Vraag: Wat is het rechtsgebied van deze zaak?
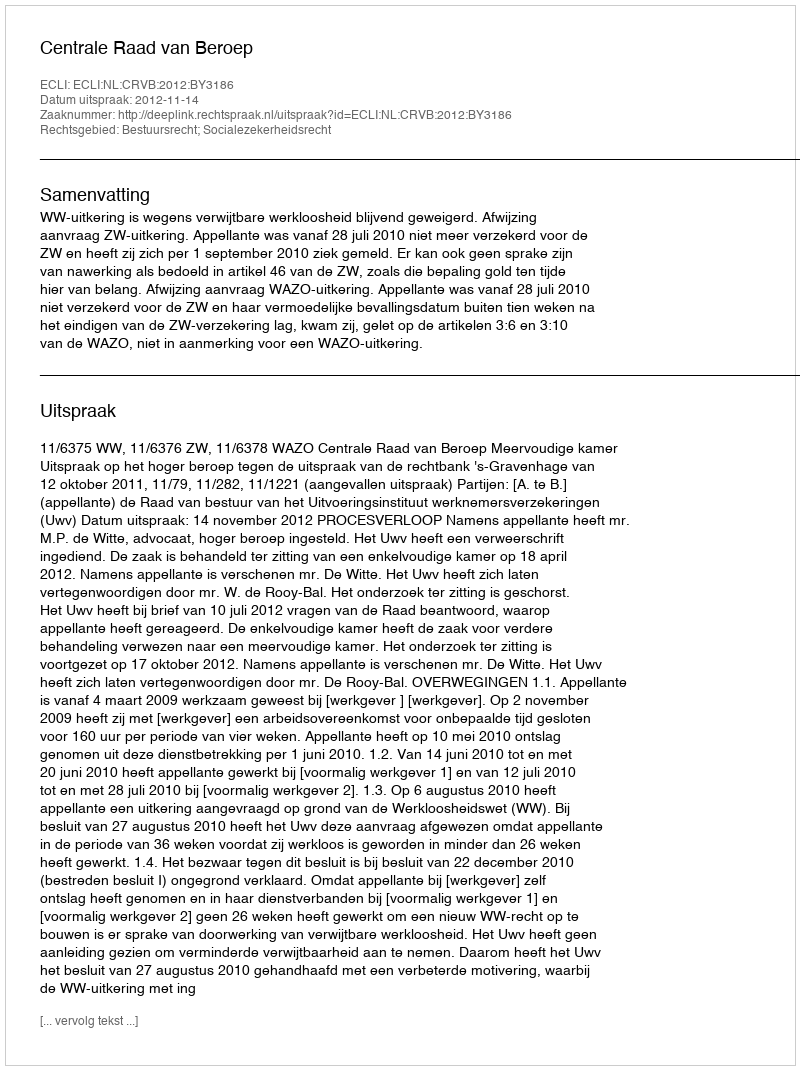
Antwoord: Bestuursrecht; Socialezekerheidsrecht